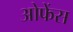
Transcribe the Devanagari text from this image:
ओफेंस